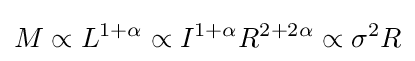
M\propto L^{1+\alpha }\propto I^{1+\alpha }R^{2+2\alpha }\propto \sigma ^{2}R